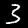
Label: 3